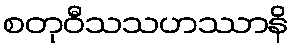
စတုဝီသသဟဿာနိ